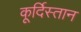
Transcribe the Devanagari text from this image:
कूर्दिस्तान